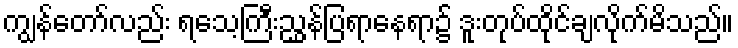
ကျွန်တော်လည်း ရသေ့ကြီးညွှန်ပြရာနေရာ၌ ဒူးတုပ်ထိုင်ချလိုက်မိသည်။